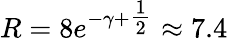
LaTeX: R=8e^{-\gamma+{\textstyle{\frac{1}{2}}}}\approx 7.4